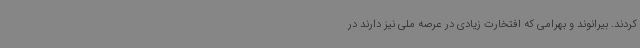
کردند. بیرانوند و بهرامی که افتخارت زیادی در عرصه ملی نیز دارند در